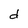
Character: d